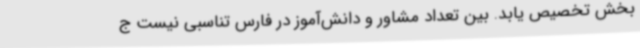
بخش تخصیص یابد. بین تعداد مشاور و دانش‌آموز در فارس تناسبی نیست ج